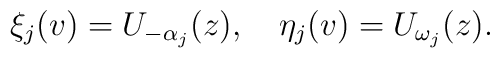
\xi_j(v)=U_{-\alpha_j}(z),\quad\eta_j(v)=U_{\omega_j}(z).